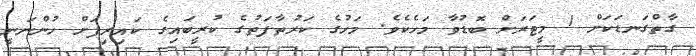
ގާތްގަނޑަކަށް 1 މީޓަރަށް ބޮޑުވާ މަހެކެވެ. މަހުގެ ކަރުތާފަތުގެ ކުރީބައިގެ ކައިރިފަށް ހުންނަނީ